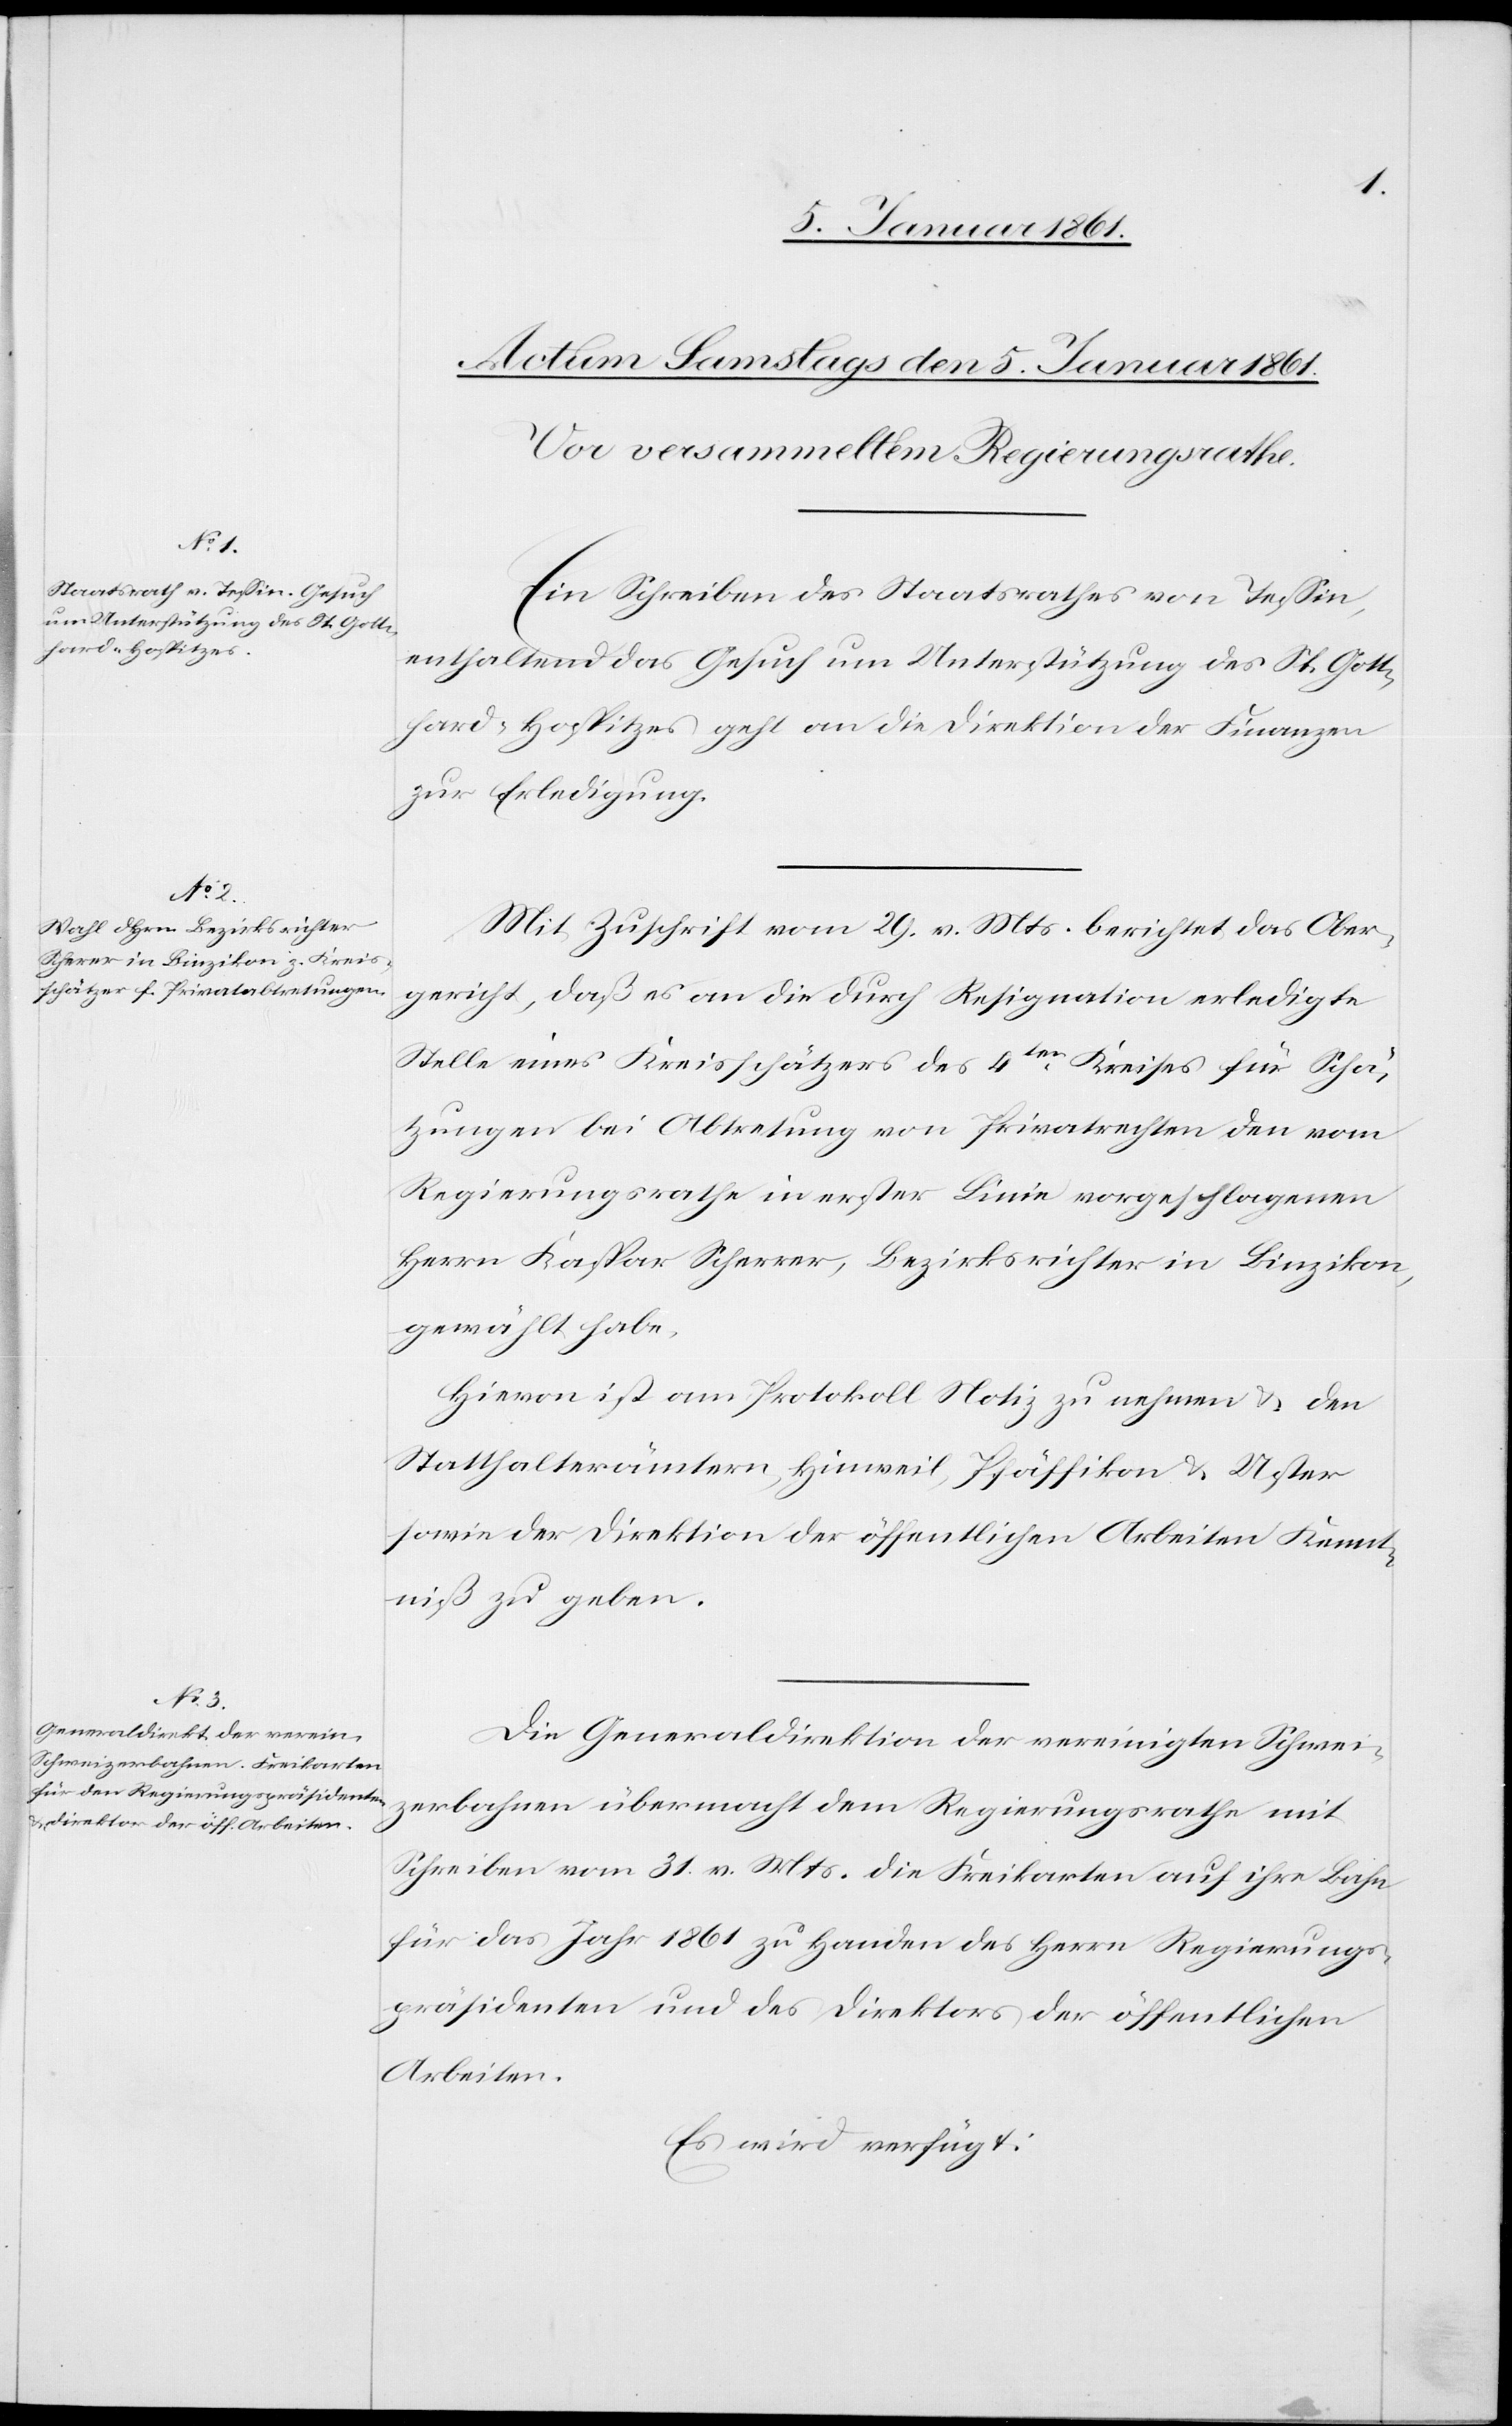
Ein Schreiben des Staatsrathes von Tessin,
enthaltend das Gesuch um Unterstützung des St. Gott¬
hard-Hospitzes geht an die Direktion der Finanzen
zur Erledigung.
Mit Zuschrift vom 29. v. Mts. berichtet das Ober¬
gericht, daß es an die durch Resignation erledigte
Stelle eines Kreisschätzers des 4ten Kreises für Schä¬
tzungen bei Abtretung von Privatrechten den vom
Regierungsrathe in erster Linie vorgeschlagenen
Herrn Kaspar Scherrer [sic!], Bezirksrichter in Binzikon,
gewählt habe.
Hievon ist am Protokoll Notiz zu nehmen u. den
Statthalterämtern Hinweil, Pfäffikon u. Uster
sowie der Direktion der öffentlichen Arbeiten Kennt¬
niss zu geben.
Die Generaldirektion der vereinigten Schwei¬
zerbahnen übermacht dem Regierungsrathe mit
Schreiben vom 31. v. Mts. die Freikarten auf ihre Bahn
für das Jahr 1861 zu Handen des Herrn Regierungs¬
präsidenten und des Direktors der öffentlichen
Arbeiten.
Es wird verfügt: